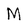
Character: M